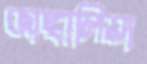
জাঙ্গালিয়া